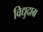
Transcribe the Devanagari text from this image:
विद्युदाग्र